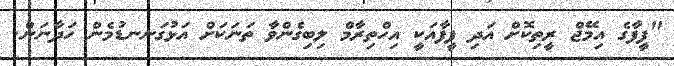
"ފީފާގެ އިމޭޖް ރީތިކޮށް އަދި ފީފާއަކީ އިހްތިރާމް ލިބިގެންވާ ތަނަކަށް އަޅުގަނނޑުމެން ހަދާނަން.